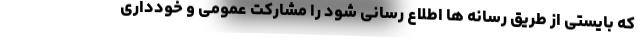
که بایستی از طریق رسانه ها اطلاع رسانی شود را مشارکت عمومی و خودداری